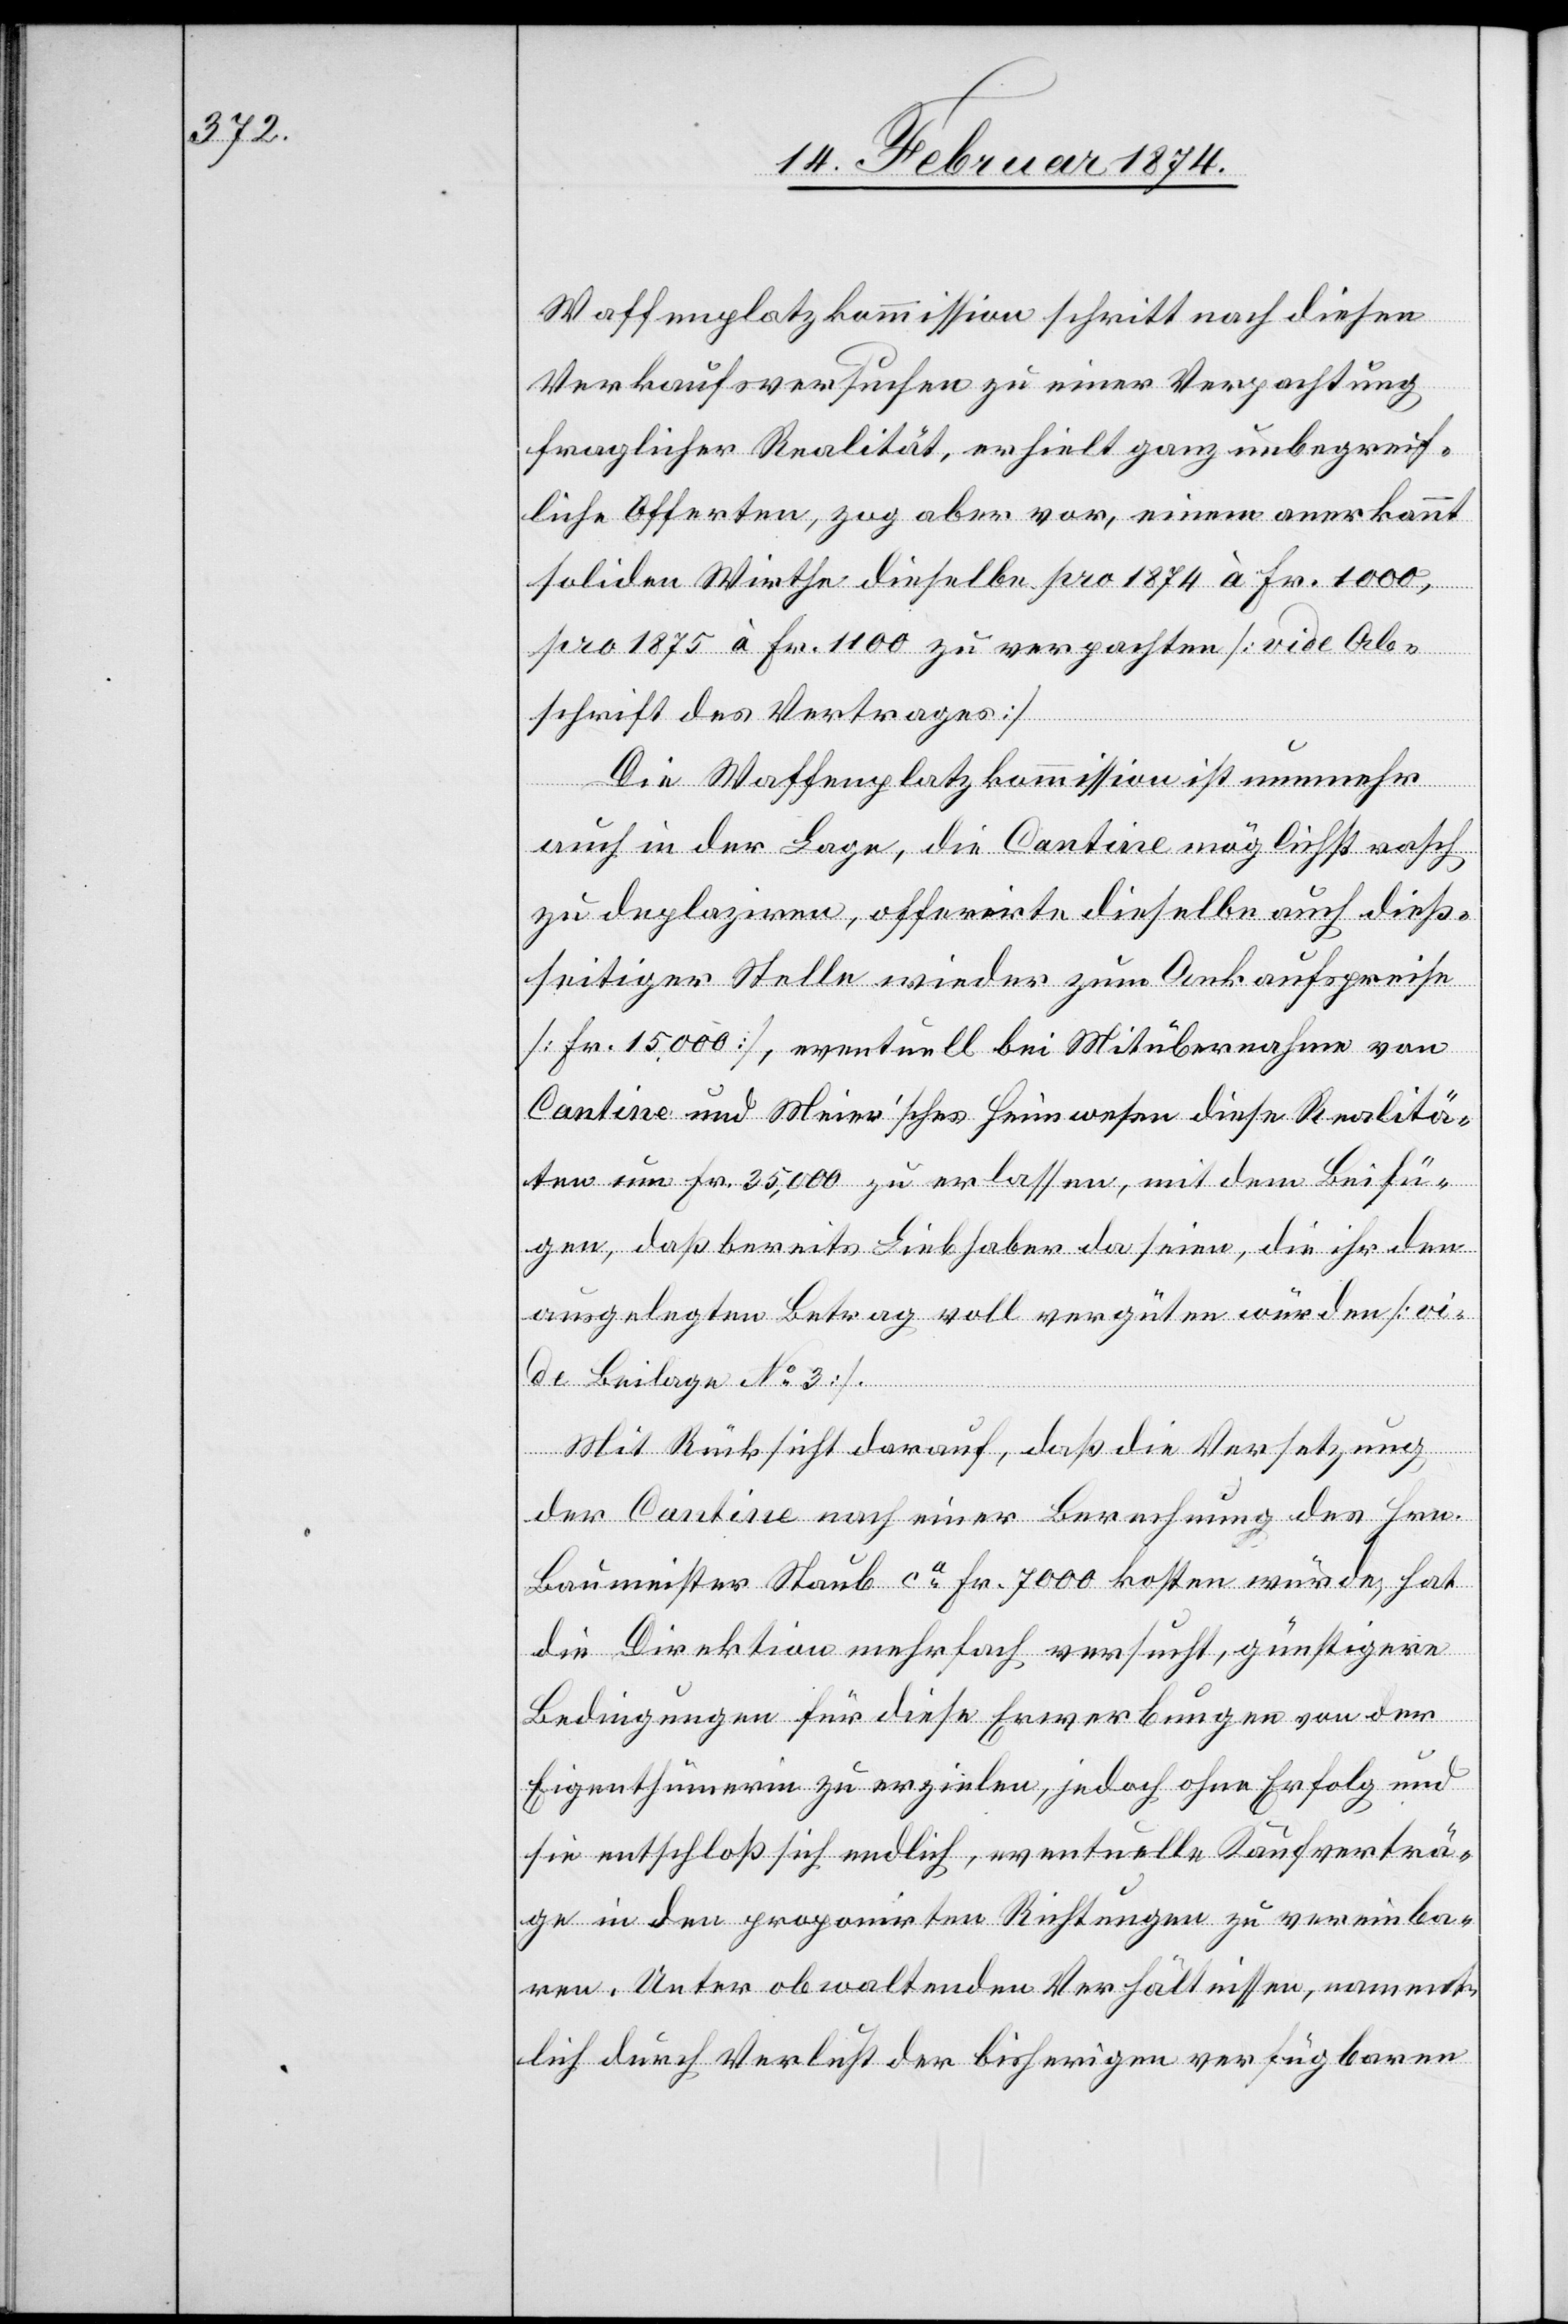
Waffenplatzkommission schritt nach diesen
Verkaufsversuchen zu einer Verpachtung
fraglicher Realität, erhielt ganz unbegreif¬
liche Offerten, zog aber vor, einem anerkannt
soliden Wirthe dieselbe pro 1874 à Fr. 1000,
pro 1875 à Fr. 1100 zu verpachten [vide Ab¬
schrift des Vertrages]
Die Waffenplatzkommission ist nunmehr
auch in der Lage, die Cantine möglichst rasch
zu deplazieren, offerirte dieselbe auch dieß¬
seitiger Stelle wieder zum Ankaufspreise
[Fr. 15,000], eventuell bei Mitübernahme von
Cantine und Meier’sches Hauswesen diese Realitä¬
ten um Fr. 35,000 zu erlassen, mit dem Beifü¬
gen, daß bereits Liebhaber da seien, die ihr den
ausgelegten Betrag voll vergüten würden [vi¬
de Beilage No 3].
Mit Rücksicht darauf, daß die Versetzung
der Cantine nach einer Berechnung des Hrn.
Baumeister Staub ca Fr. 7000 kosten würde, hat
die Direktion mehrfach versucht, günstigere
Bedingungen für diese Erwerbungen von der
Eigenthümerin zu erzielen, jedoch ohne Erfolg und
sie entschloß sich endlich, eventuelle Kaufverträ¬
ge in den proponirten Richtungen zu vereinba¬
ren. Unter obwaltenden Verhältnissen, nament¬
lich durch Verlust der bisherigen verfügbaren